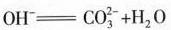
OH^{-}=CO_{3}^{2-}+H_{2}O $$